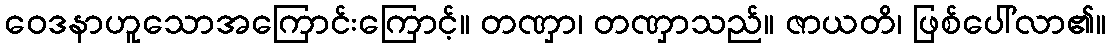
ဝေဒနာဟူသောအကြောင်းကြောင့်။ တဏှာ၊ တဏှာသည်။ ဇာယတိ၊ ဖြစ်ပေါ်လာ၏။